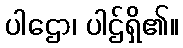
ပါဌော၊ ပါဌ်ရှိ၏။